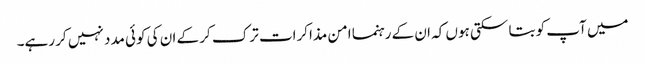
میں آپ کو بتا سکتی ہوں کہ ان کے رہنما امن مذاکرات ترک کر کے ان کی کوئی مدد نہیں کر رہے۔